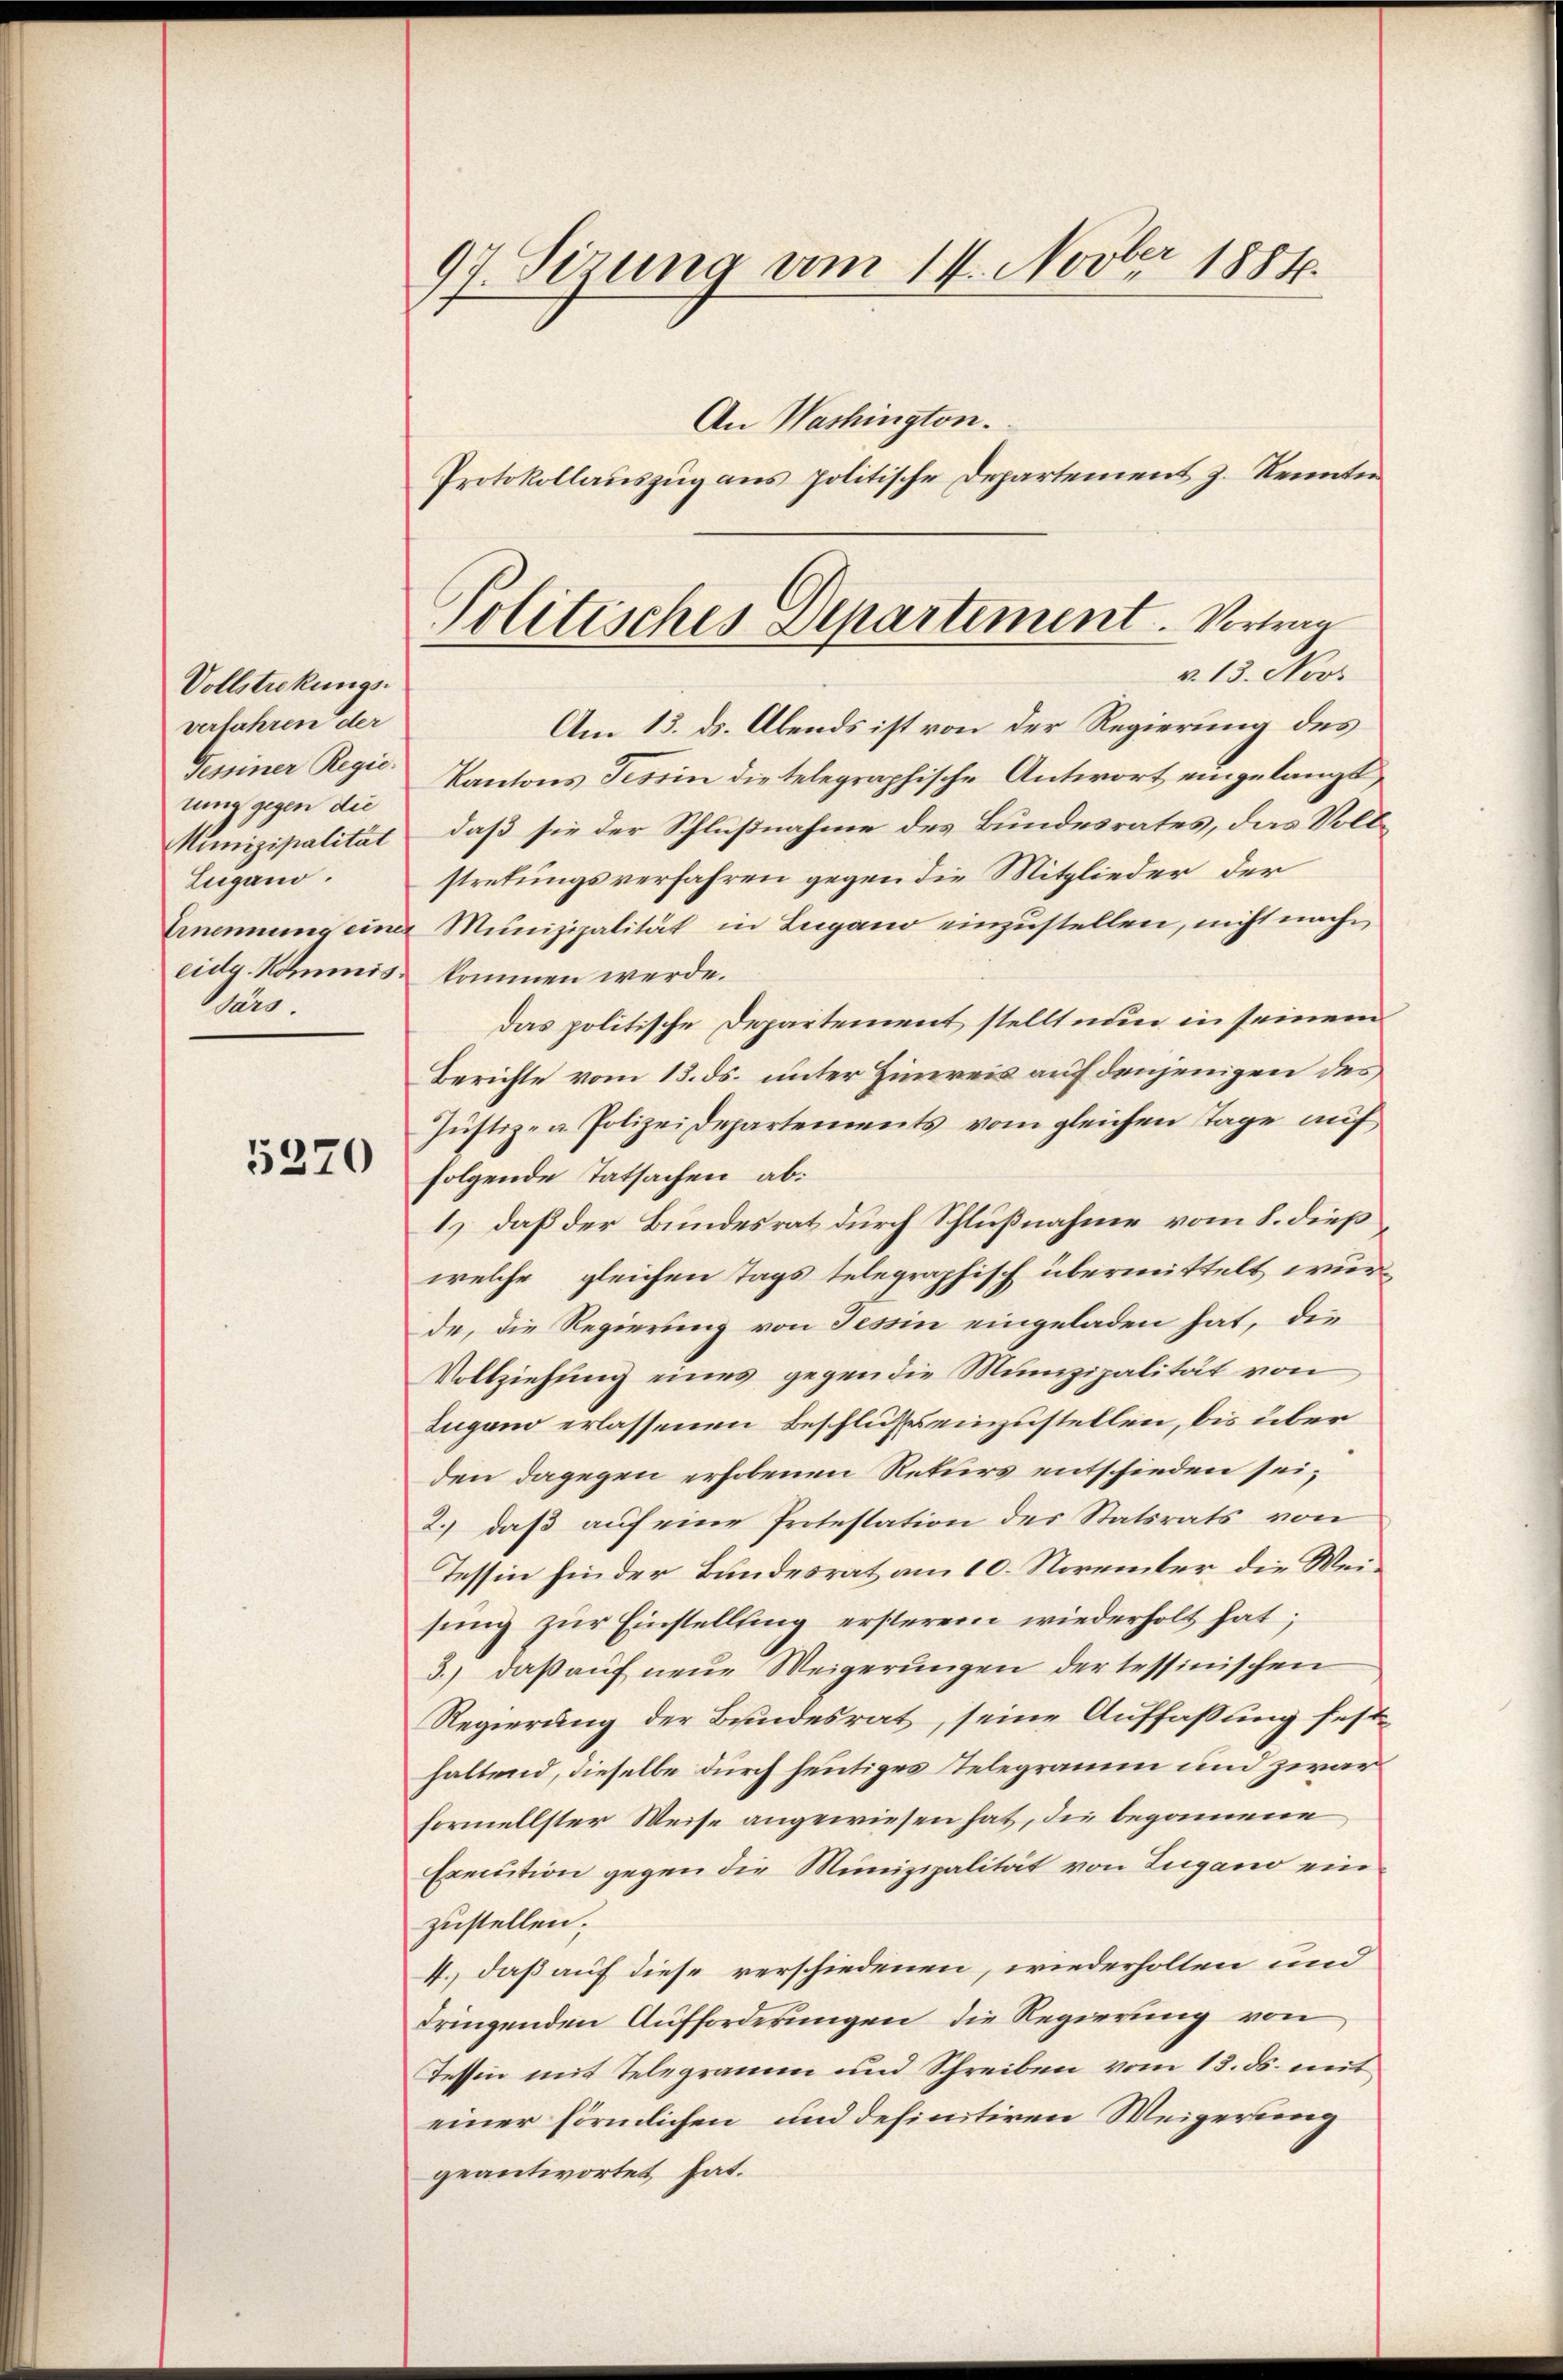
Vollstreckungs-
verfahren der
tung gegen die
Eugano.
Mar.

5270

97. Sizung am 14. Novber 1884.
An Washington.

Politisches Departement. Vortrag
v. 13. Nov

Protokollauszug aus politische Departement z. Kennten

Am 13. ds. Abends ist von der Regierung des
Gesiner Regie. Kantons Tessin die telegraphische Antwort eingelangt
Munizipalität, daß sie der Schlußnahme des Bundesrates, das Vollstretungsverfahren gegen die Mitglieder der
Ernennung einer Munizipalität in Lugano einzustellen, nicht nach
eidg. Kommis kommen werde.
das politische Departement stellt nun in seinem
Berichte vom 13. ds. unter Hinweis auf denjenigen des
Justiz- & Polizeidepartements vom gleichen Tage auf
folgende Tatsachen ab:
1) daß der Bundesrat durch Schlußnahme vom 8. dieß
welche gleichen Tags telegraphisch übermittelt wurde, die Regierung von Tessin eingeladen hat, die
Vollziehung eines gegen die Munizipalität von
Lugano erlassenen Beschluß einzustellen, bis über
den dagegen erhobenen Rekurs entschieden sei;
2.) daß auf eine Protestation des Statsrats von
Tessin hinder Bundesrat am 10. November die Meisung zur Einstellung ersterer wiederholt hat;
3.) daß auf neue Weigerungen der tessinischen
Regierung der Bundesrat, seine Auffassung festhaltend, dieselbe durch heutiges Telegramm und zwar
formellster Weise angewiesen hat, die begonnene
Execution gegen die Munizipalität von Zugano ein
zustellen;
4.) daß auf diese verschiedenen, wiederholten und
dringenden Aufforderungen die Regierung von
Tessin mit Telegramm und Schreiben vom 13. ds. mit
einer förmlichen und definitiren Weigerung
geantwortet hat.